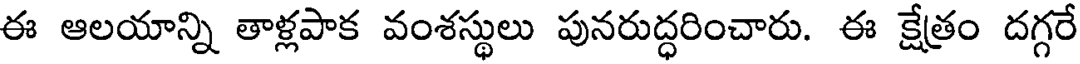
ఈ ఆలయాన్ని తాళ్లపాక వంశస్థులు పునరుద్ధరించారు. ఈ క్షేత్రం దగ్గరే